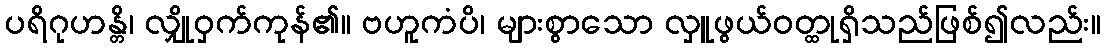
ပရိဂုဟန္တိ၊ လျှိုဝှက်ကုန်၏။ ဗဟူကံပိ၊ များစွာသော လှူဖွယ်ဝတ္ထုရှိသည်ဖြစ်၍လည်း။